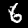
Digit: 6